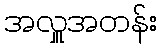
အလှူအတန်း